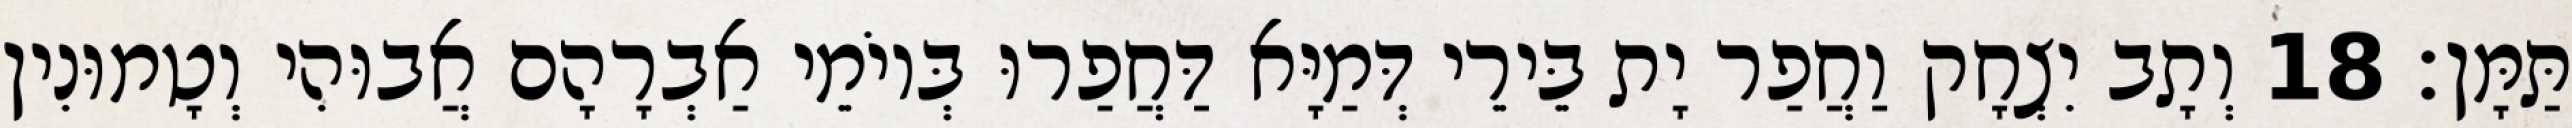
תַּמָּן׃ 18 וְתָב יִצְחָק וַחֲפַר יָת בֵּירֵי דְּמַיָּא דַּחֲפַרוּ בְּיוֹמֵי אַבְרָהָם אֲבוּהִי וְטָמוּנִין